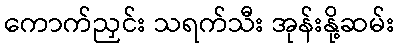
ကောက်ညှင်း သရက်သီး အုန်းနို့ဆမ်း